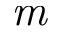
\textit { m }